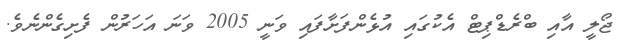
ޖޯލީ އާއި ބްރެޑްޕިޓް އެކުގައި އުޅެންފަށާފައި ވަނީ 2005 ވަނަ އަހަރުން ފެށިގެންނެވެ.